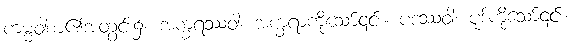
ကမ္မဝါစာ၏အတွင်း၌။ အက္ခရဿဝါ၊ အက္ခရာကိုသော်၎င်း။ ပဒဿဝါ၊ ပုဒ်ကိုသော်၎င်း။